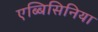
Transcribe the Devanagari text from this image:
एब्बिसिनिया